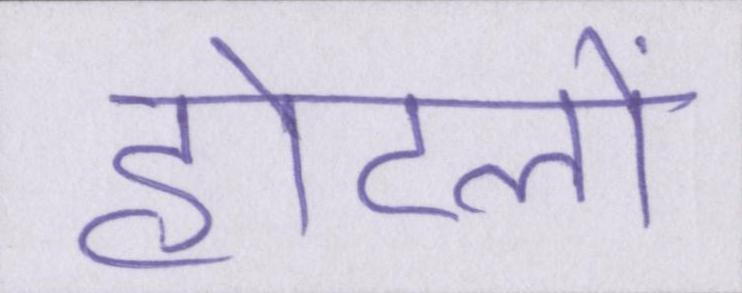
होटलों